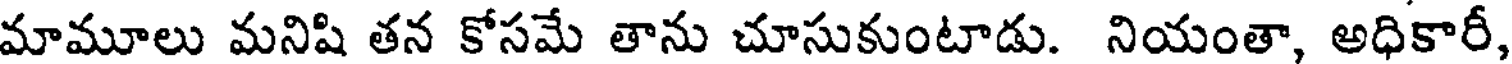
మామూలు మనిషి తన కోసమే తాను చూసుకుంటాడు. నియంతా, అధికారీ,